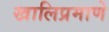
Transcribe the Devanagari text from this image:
खालिप्रमाणे